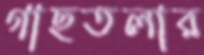
গাছতলার